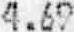
4.69